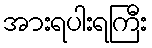
အားရပါးရကြီး